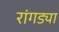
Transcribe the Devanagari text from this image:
रांगड्या